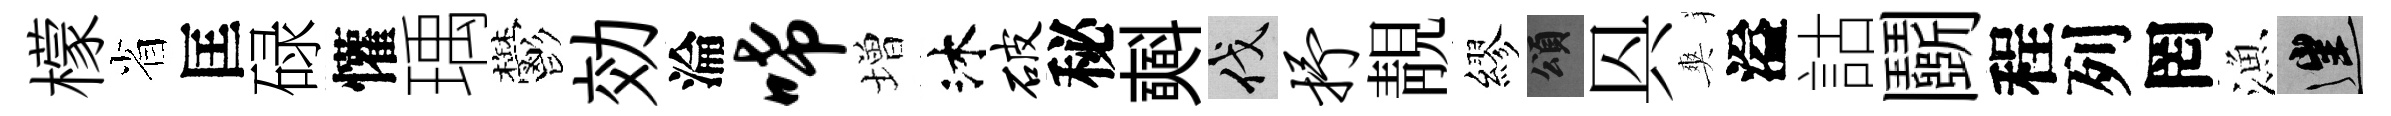
檬省匡碌懽瑀鬱効淪唏増沐破秘𣂏伐抒靚繆頌㒷爽溢詁鬬程列罔漁往